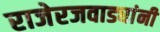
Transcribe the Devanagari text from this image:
राजेरजवाड्यांनी